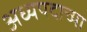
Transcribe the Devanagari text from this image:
अध्यपदाच्या